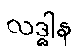
လဒ္ဓါန